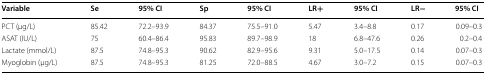
<table><thead><tr><td><b>Variable</b></td><td><b>Se</b></td><td><b>95% CI</b></td><td><b>Sp</b></td><td><b>95% CI</b></td><td><b>LR+</b></td><td><b>95% CI</b></td><td><b>LR−</b></td><td><b>95% CI</b></td></tr></thead><tbody><tr><td>PCT (μg/L)</td><td>85.42</td><td>72.2–93.9</td><td>84.37</td><td>75.5–91.0</td><td>5.47</td><td>3.4–8.8</td><td>0.17</td><td>0.09–0.3</td></tr><tr><td>ASAT (IU/L)</td><td>75</td><td>60.4–86.4</td><td>95.83</td><td>89.7–98.9</td><td>18</td><td>6.8–47.6</td><td>0.26</td><td>0.2–0.4</td></tr><tr><td>Lactate (mmol/L)</td><td>87.5</td><td>74.8–95.3</td><td>90.62</td><td>82.9–95.6</td><td>9.31</td><td>5.0–17.5</td><td>0.14</td><td>0.07–0.3</td></tr><tr><td>Myoglobin (μg/L)</td><td>87.5</td><td>74.8–95.3</td><td>81.25</td><td>72.0–88.5</td><td>4.67</td><td>3.0–7.2</td><td>0.15</td><td>0.07–0.3</td></tr></tbody></table>